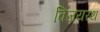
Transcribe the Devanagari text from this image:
विजयरथ